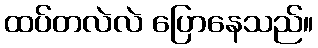
ထပ်တလဲလဲ ပြောနေသည်။